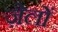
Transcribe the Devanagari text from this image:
ज़ेलों